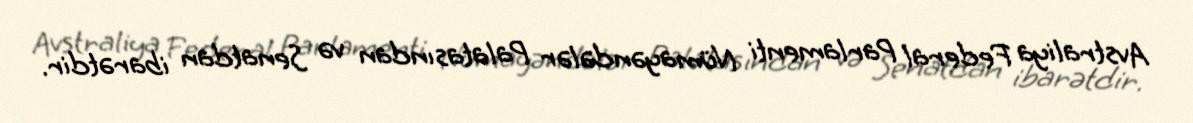
Avstraliya Federal Parlamenti Nümayəndələr Palatasından və Senatdan ibarətdir.